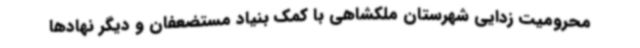
محرومیت زدایی شهرستان ملکشاهی با کمک بنیاد مستضعفان و دیگر نهادها